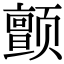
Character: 颤